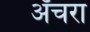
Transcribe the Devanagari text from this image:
अँचरा